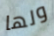
ولها